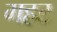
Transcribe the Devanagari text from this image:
गहट